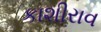
કાશીરાવ